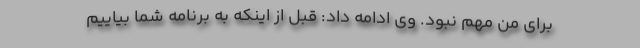
برای من مهم نبود. وی ادامه داد: قبل از اینکه به برنامه شما بیاییم